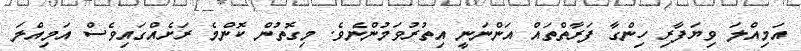
އަމިއްލަ ވިޔަފާރި ހިންގާ ފަރާތްތައް އަންނަނީ އިތުރުވަމުންނެވެ. މިގޮތުން ކޮންމެ ރަށެއްގައިވެސް އަމިއްލަ